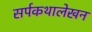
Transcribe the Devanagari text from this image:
सर्पकथालेखन